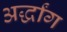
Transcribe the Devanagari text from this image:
अर्द्धांग